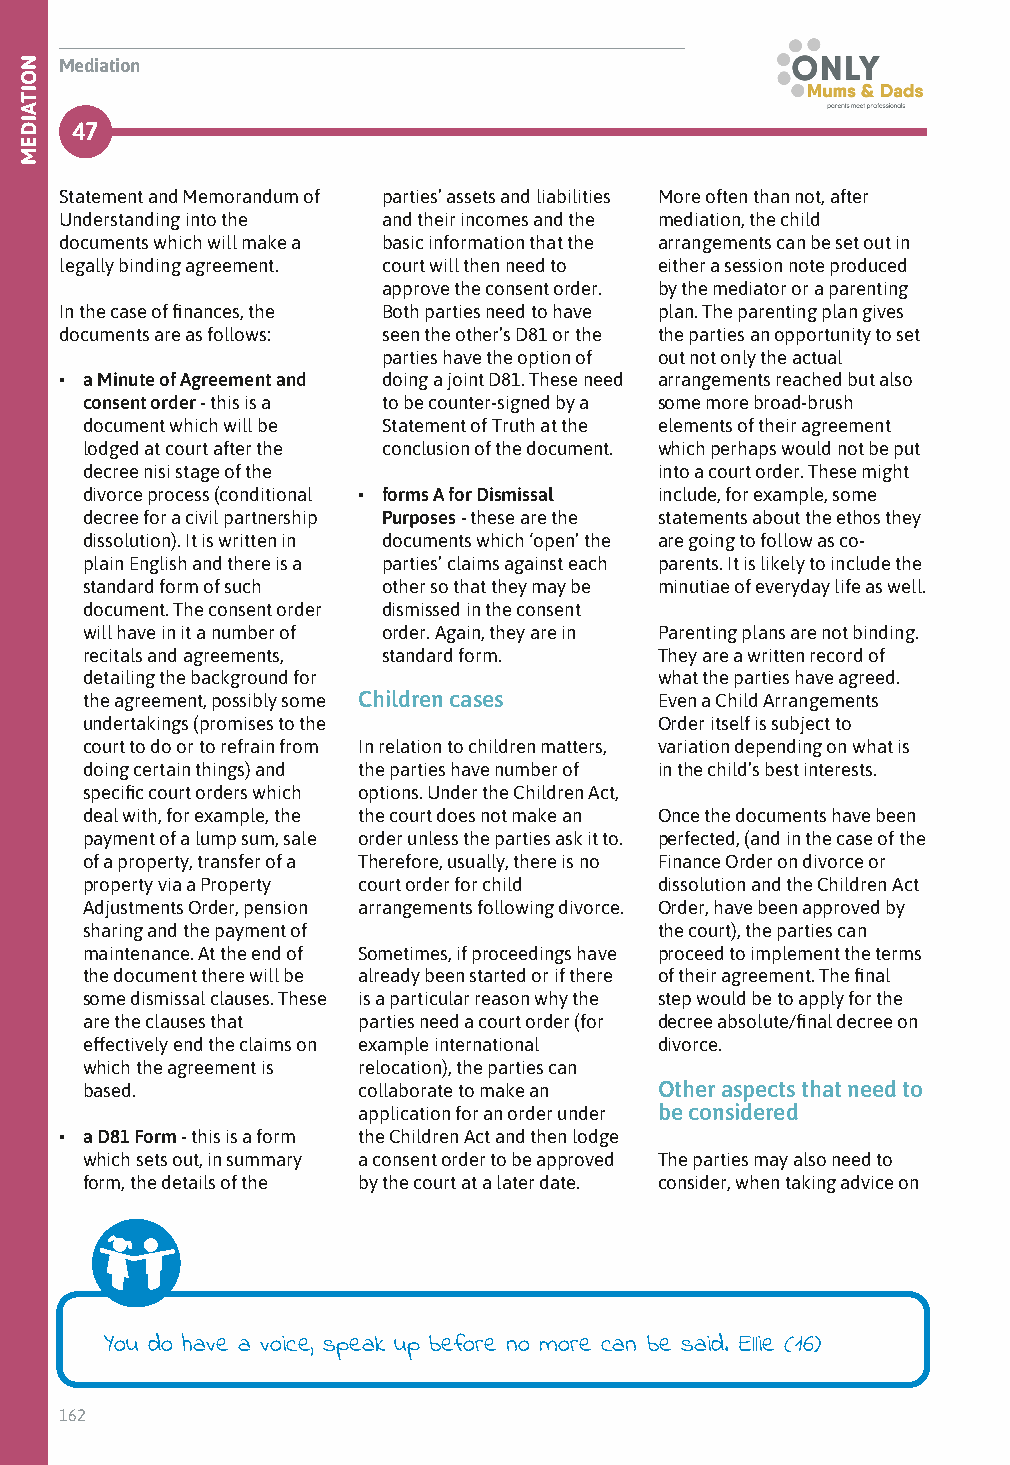
Mediation
 47
 Statement and Memorandum of parties’ assets and liabilities More often than not, after
 Understanding into the and their incomes and the mediation, the child
 documents which will make a basic information that the arrangements can be set out in
 legally binding agreement. court will then need to either a session note produced
 approve the consent order. by the mediator or a parenting
 In the case of finances, the Both parties need to have plan. The parenting plan gives
 documents are as follows: seen the other’s D81 or the the parties an opportunity to set
 parties have the option of out not only the actual
 • a Minute of Agreement and doing a joint D81. These need arrangements reached but also
 consent order - this is a to be counter-signed by a some more broad-brush
 document which will be Statement of Truth at the elements of their agreement
 lodged at court after the conclusion of the document. which perhaps would not be put
 decree nisi stage of the               into a court order. These might
 divorce process (conditional • forms A for Dismissal include, for example, some
 decree for a civil partnership Purposes - these are the statements about the ethos they
 dissolution). It is written in documents which ‘open’ the are going to follow as co-
 plain English and there is a parties’ claims against each parents. It is likely to include the
 standard form of such other so that they may be minutiae of everyday life as well.
 document. The consent order dismissed in the consent
 will have in it a number of order. Again, they are in Parenting plans are not binding.
 recitals and agreements, standard form. They are a written record of
 detailing the background for           what the parties have agreed.
 the agreement, possibly some Children cases Even a Child Arrangements
 undertakings (promises to the          Order itself is subject to
 court to do or to refrain from In relation to children matters, variation depending on what is
 doing certain things) and the parties have number of in the child’s best interests.
 specific court orders which options. Under the Children Act,
 deal with, for example, the the court does not make an Once the documents have been
 payment of a lump sum, sale order unless the parties ask it to. perfected, (and in the case of the
 of a property, transfer of a Therefore, usually, there is no Finance Order on divorce or
 property via a Property court order for child dissolution and the Children Act
 Adjustments Order, pension arrangements following divorce. Order, have been approved by
 sharing and the payment of             the court), the parties can
 maintenance. At the end of Sometimes, if proceedings have proceed to implement the terms
 the document there will be already been started or if there of their agreement. The final
 some dismissal clauses. These is a particular reason why the step would be to apply for the
 are the clauses that parties need a court order (for decree absolute/final decree on
 effectively end the claims on example international divorce.
 which the agreement is relocation), the parties can
 based.             collaborate to make an Other aspects that need to
 application for an order under be considered
 • a D81 Form - this is a form the Children Act and then lodge
 which sets out, in summary a consent order to be approved The parties may also need to
 form, the details of the by the court at a later date. consider, when taking advice on
 You do have a voice, speak up before no more can be said. Ellie (16)
 162
 NOITAIDEM